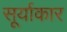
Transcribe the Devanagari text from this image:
सूर्याकार